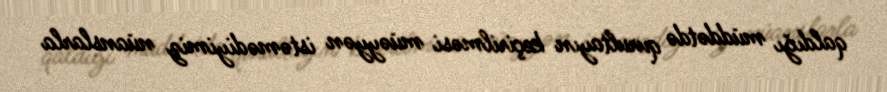
qaldığı müddətdə qurultayın keçirilməsi müəyyən istəmədiyimiz nüanslarla